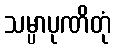
သမ္ပာပုဏိတုံ